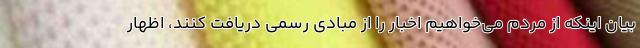
بیان اینکه از مردم می‌خواهیم اخبار را از مبادی رسمی دریافت کنند، اظهار